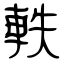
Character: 軼